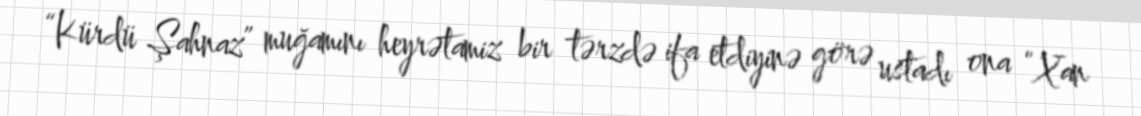
“Kürdü Şаhnаz” muğаmını hеyrətаmiz bir tərzdə ifа еtdiyinə görə ustadı оnа “Хаn